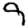
Digit: 9